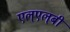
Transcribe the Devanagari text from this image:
एल्‌एल्‌बी